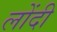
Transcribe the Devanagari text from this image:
लोंदी